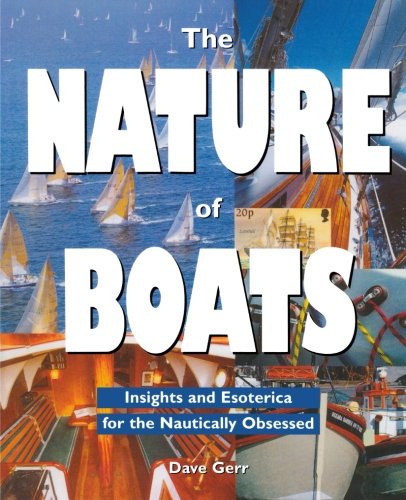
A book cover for The Nature of Boats: Insights and Esoterica for the Nautically Obsessed; Dave Gerr; Sports & Outdoors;